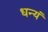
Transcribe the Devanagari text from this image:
धन्यं